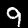
Digit: 9